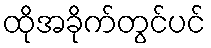
ထိုအခိုက်တွင်ပင်